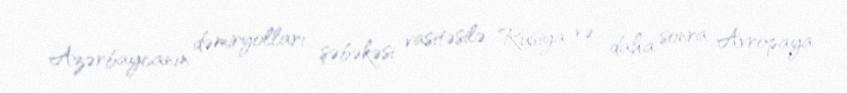
Azərbaycanın dəmiryolları şəbəkəsi vasitəsilə Rusiya və daha sonra Avropaya